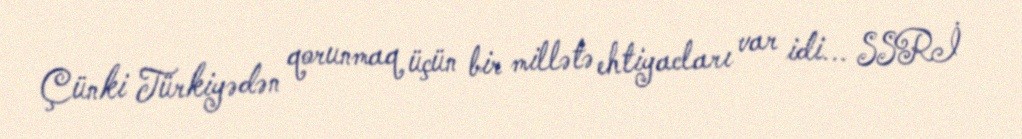
Çünki Türkiyədən qorunmaq üçün bir millətə ehtiyacları var idi... SSRİ